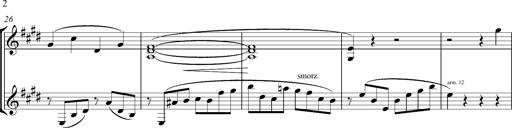
Title: Consolations
Composer: Franz Liszt